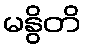
မနွိတိ